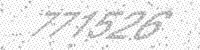
Solution: 771526